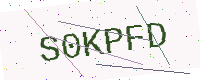
Text: S0KPFD